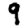
Digit: 9